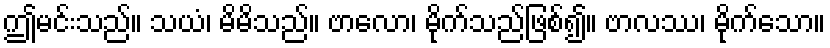
ဤမင်းသည်။ သယံ၊ မိမိသည်။ ဗာလော၊ မိုက်သည်ဖြစ်၍။ ဗာလဿ၊ မိုက်သော။